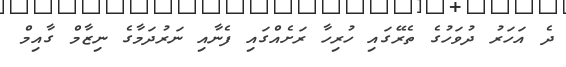
ދެ އަހަރު ދުވަހުގެ ތެރޭގައި ހުރިހާ ރަށެއްގައި ފެނާއި ނަރުދަމާގެ ނިޒާމް ގާއިމް